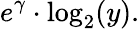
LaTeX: e^{\gamma}\cdot\log_{2}(y).